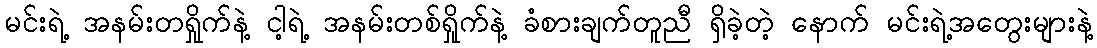
မင်းရဲ့ အနမ်းတရှိုက်နဲ့ ငါ့ရဲ့ အနမ်းတစ်ရှိုက်နဲ့ ခံစားချက်တူညီ ရှိခဲ့တဲ့ နောက် မင်းရဲ့အတွေးများနဲ့